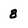
Character: 8